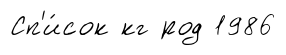
Сп'и́сок кг род 1986